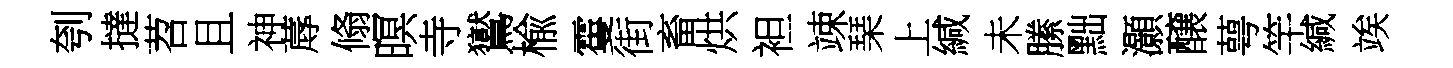
刳撻苕且神蓐翛暝寺鸑楡䨥街畜烘袒竦琹上緘未縢黜灝醸萼竿緘竢